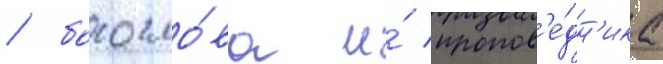
/ богосло́ва и́ пропов'е́дн'ика